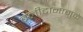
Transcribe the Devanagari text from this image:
बलीदानामुळे